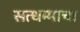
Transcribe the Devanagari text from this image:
सत्धम्माचा